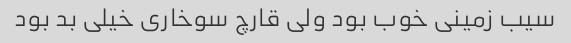
سیب زمینی خوب بود ولی قارچ سوخاری خیلی بد بود